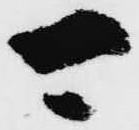
可